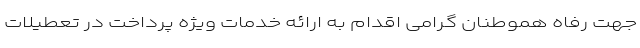
جهت رفاه هموطنان گرامی اقدام به ارائه خدمات ویژه پرداخت در تعطیلات